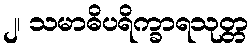
၂၊ သမာဓိပရိက္ခာရသုတ္တ